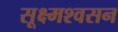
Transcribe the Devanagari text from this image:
सूक्ष्मश्वसन